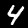
Digit: 4